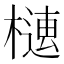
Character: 𣚢